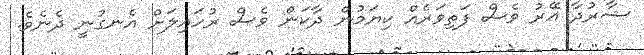
ޝާރުދާ އޭރު ވެސް ފަތިވަރެއް ކިޔަމުން ދާކަން ވެސް ރުހައިލަށް އެނގުނީ ދެނެވެ.